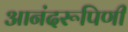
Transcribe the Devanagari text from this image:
आनंदरूपिणी